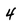
Character: 4